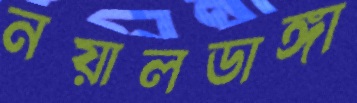
নয়ালডাঙ্গা